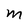
Character: M